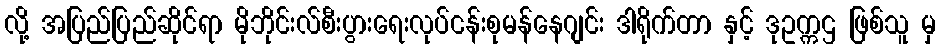
လို့ အပြည်ပြည်ဆိုင်ရာ မိုဘိုင်းလ်စီးပွားရေးလုပ်ငန်းစုမန်နေဂျင်း ဒါရိုက်တာ နှင့် ဒုဥက္ကဌ ဖြစ်သူ မှ